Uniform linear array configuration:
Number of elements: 64
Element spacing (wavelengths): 1
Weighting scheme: uniform
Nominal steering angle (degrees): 0
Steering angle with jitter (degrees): -1.148
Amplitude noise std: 0.05
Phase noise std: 0.05

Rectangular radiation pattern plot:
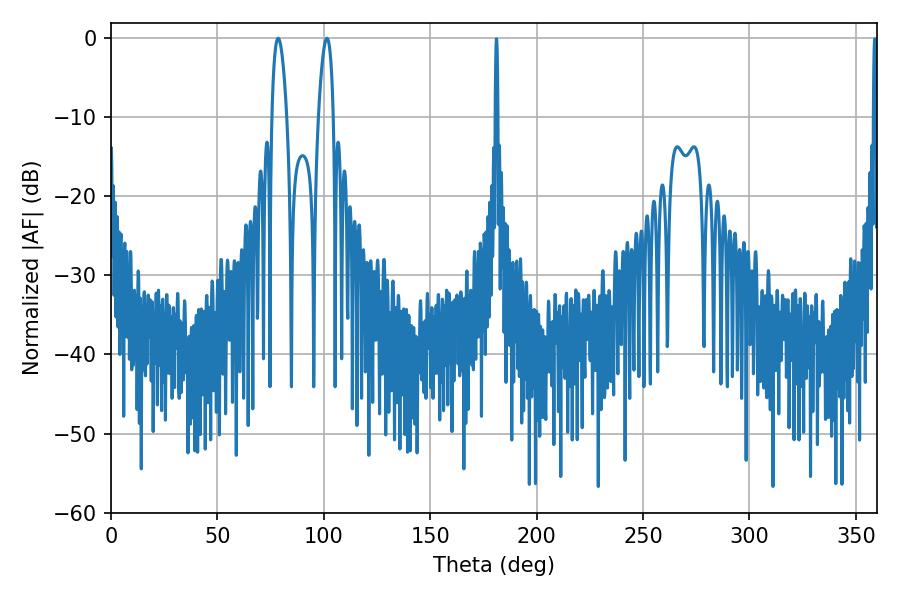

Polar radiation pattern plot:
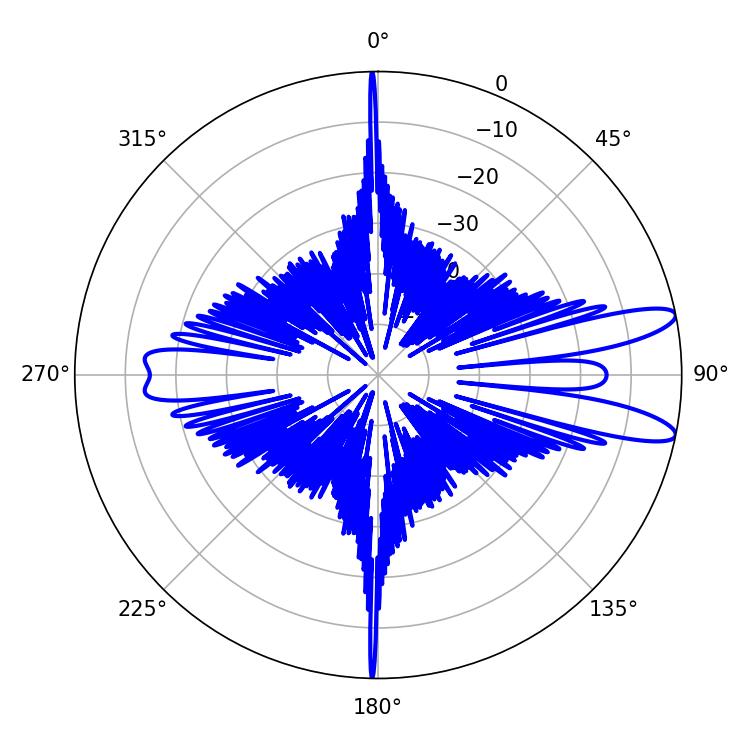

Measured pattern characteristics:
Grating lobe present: TRUE
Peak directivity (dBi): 11.569
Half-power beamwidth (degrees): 3.78
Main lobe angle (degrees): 78.48